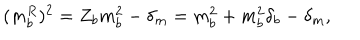
( m _ { b } ^ { R } ) ^ { 2 } = Z _ { b } m _ { b } ^ { 2 } - \delta _ { m } = m _ { b } ^ { 2 } + m _ { b } ^ { 2 } \delta _ { b } - \delta _ { m } ,